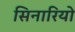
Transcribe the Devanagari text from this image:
सिनारियो